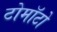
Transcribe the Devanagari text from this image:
टोमॉटो